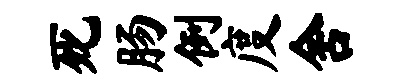
死肠例度舍